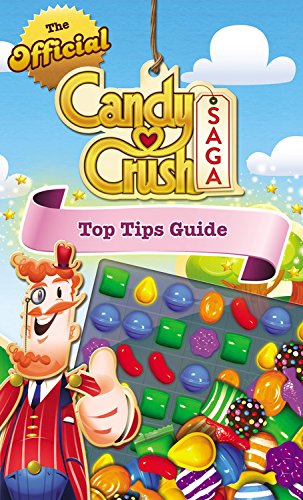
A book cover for The Official Candy Crush Saga Top Tips Guide; Candy Crush; Humor & Entertainment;